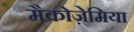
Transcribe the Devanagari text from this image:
मैक्रोज़ेमिया